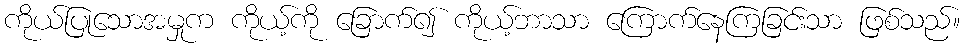
ကိုယ်ပြုသောအမှုက ကိုယ့်ကို ခြောက်၍ ကိုယ့်ဘာသာ ကြောက်နေကြခြင်းသာ ဖြစ်သည်။